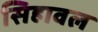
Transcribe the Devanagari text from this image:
सिहावल